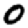
Digit: 0